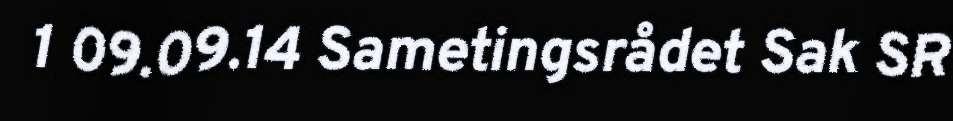
1 09.09.14 Sametingsrådet Sak SR